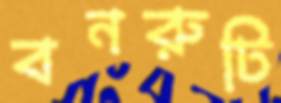
বনরুটি